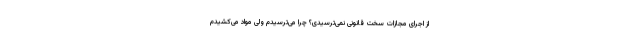
از اجرای مجازات سخت قانونی نمی‌ترسیدی؟ چرا می‌ترسیدم ولی مواد می‌کشیدم